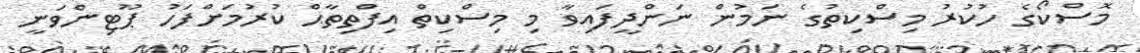
މޮސްކޯގެ ހުކުރު މިސްކިތުގެ ނަމުން ނަންދީފައިވާ މި މިސްކިތް އިފްތިތާޙް ކުރުމަށްފަހު ޕޫޓިންވަނީ